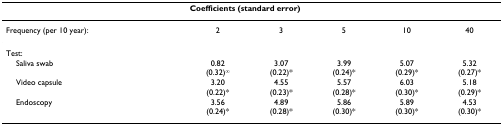
|  | <COLSPAN=5> Coefficients (standard error) |
 | --- | --- | --- | --- | --- | --- |
 | Frequency (per 10 year): | 2 | 3 | 5 | 10 | 40 |
 | Test: |  |  |  |  |  |
 | Saliva swab | 0.82(0.32)∞ | 3.07(0.22)* | 3.99(0.24)* | 5.07(0.29)* | 5.32(0.27)* |
 | Video capsule | 3.20(0.22)* | 4.55(0.23)* | 5.57(0.28)* | 6.03(0.30)* | 5.18(0.29)* |
 | Endoscopy | 3.56(0.24)* | 4.89(0.28)* | 5.86(0.30)* | 5.89(0.30)* | 4.53(0.30)* |